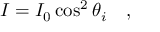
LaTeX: I = I _ { 0 } \cos ^ { 2 } \theta _ { i } \quad ,